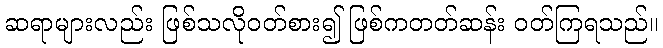
ဆရာများလည်း ဖြစ်သလိုဝတ်စား၍ ဖြစ်ကတတ်ဆန်း ဝတ်ကြရသည်။